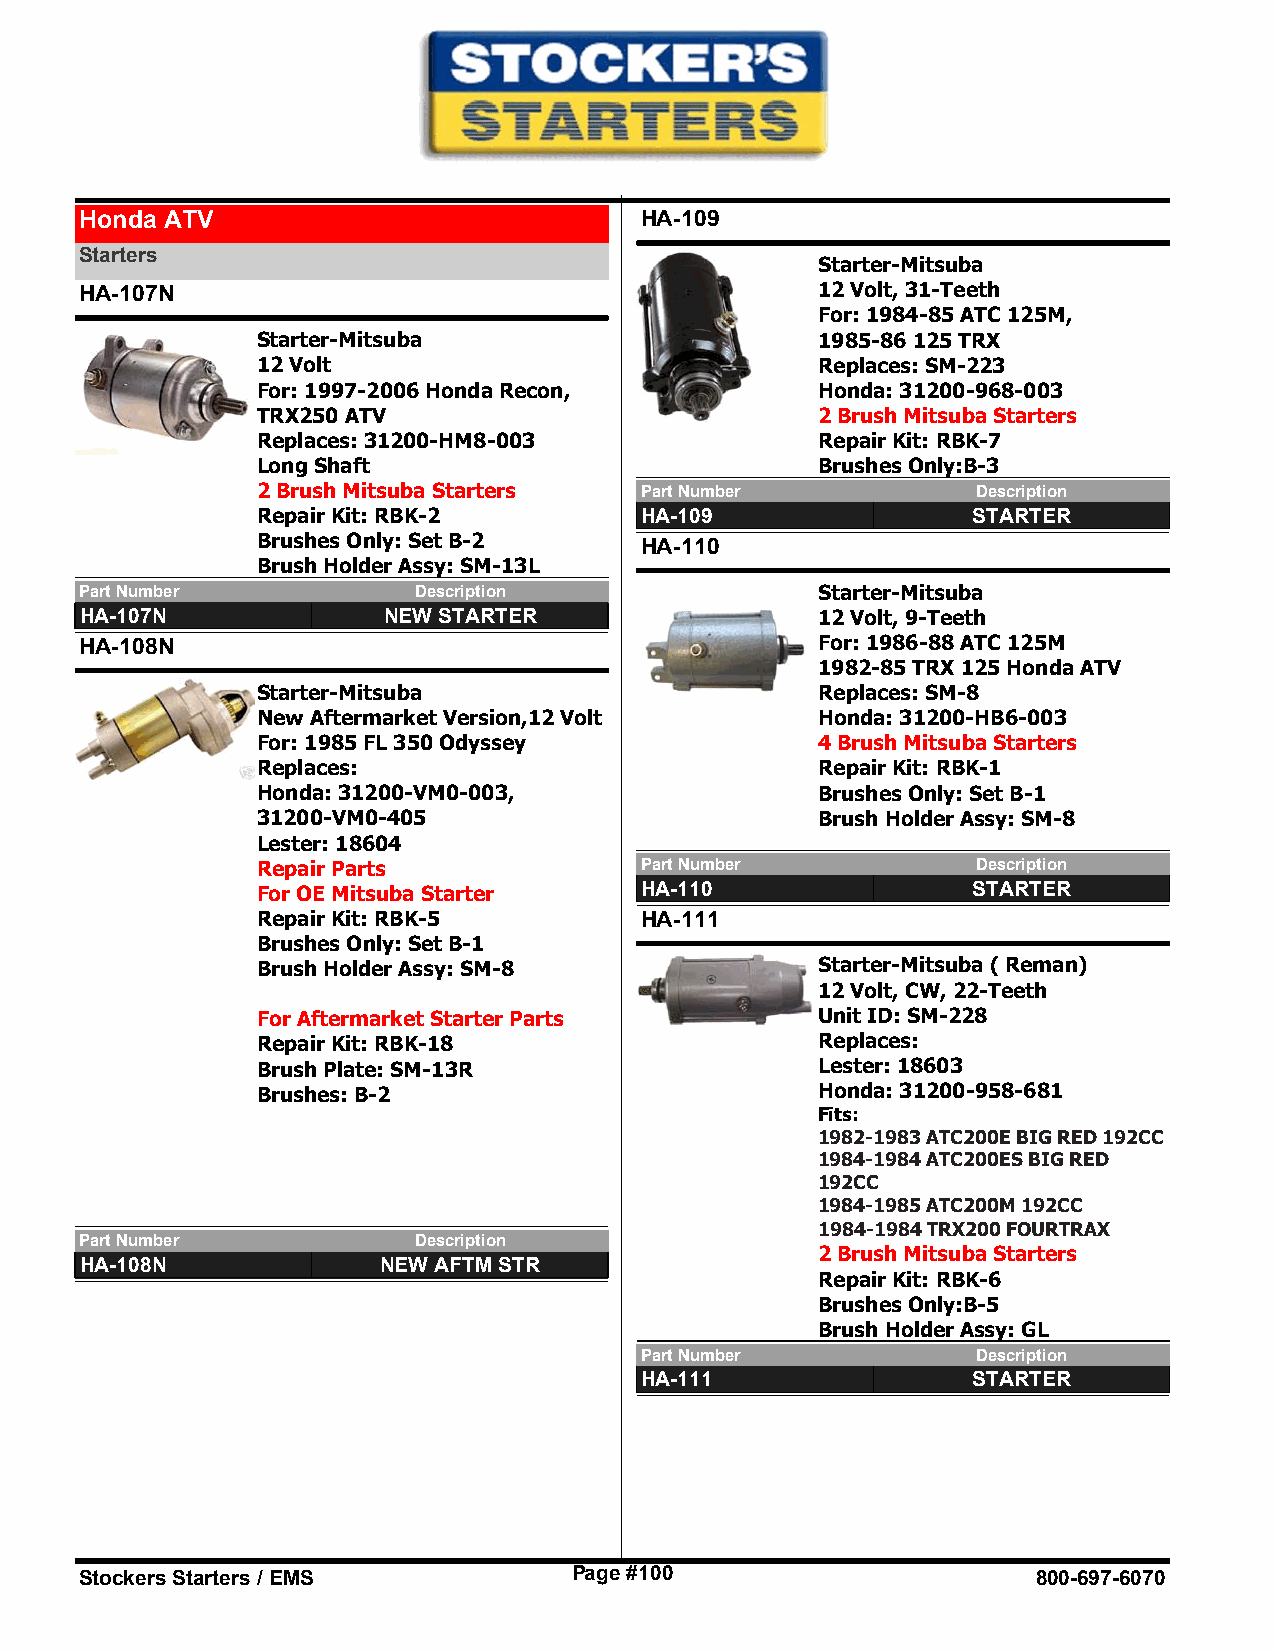
Honda ATV                            HA-109
 Starters
 Starter-Mitsuba
 HA-107N                                          12 Volt, 31-Teeth
 For: 1984-85 ATC 125M,
 Starter-Mitsuba                      1985-86 125 TRX
 12 Volt                              Replaces: SM-223
 For: 1997-2006 Honda Recon,          Honda: 31200-968-003
 TRX250 ATV                           2 Brush Mitsuba Starters
 Replaces: 31200-HM8-003              Repair Kit: RBK-7
 Long Shaft                           Brushes Only:B-3
 2 Brush Mitsuba Starters Part Number            Description
 Repair Kit: RBK-2        HA-109                STARTER
 Brushes Only: Set B-2    HA-110
 Brush Holder Assy: SM-13L
 Part Number           Description                Starter-Mitsuba
 HA-107N             NEW STARTER                  12 Volt, 9-Teeth
 HA-108N                                          For: 1986-88 ATC 125M
 1982-85 TRX 125 Honda ATV
 Starter-Mitsuba                      Replaces: SM-8
 New Aftermarket Version,12 Volt      Honda: 31200-HB6-003
 For: 1985 FL 350 Odyssey             4 Brush Mitsuba Starters
 Replaces:                            Repair Kit: RBK-1
 Honda: 31200-VM0-003,                Brushes Only: Set B-1
 31200-VM0-405                        Brush Holder Assy: SM-8
 Lester: 18604
 Repair Parts             Part Number            Description
 For OE Mitsuba Starter   HA-110                STARTER
 Repair Kit: RBK-5        HA-111
 Brushes Only: Set B-1
 Brush Holder Assy: SM-8              Starter-Mitsuba ( Reman)
 12 Volt, CW, 22-Teeth
 For Aftermarket Starter Parts        Unit ID: SM-228
 Repair Kit: RBK-18                   Replaces:
 Brush Plate: SM-13R                  Lester: 18603
 Brushes: B-2                         Honda: 31200-958-681
 Fits:
 1982-1983 ATC200E BIG RED 192CC
 1984-1984 ATC200ES BIG RED
 192CC
 1984-1985 ATC200M 192CC
 1984-1984 TRX200 FOURTRAX
 Part Number           Description
 2 Brush Mitsuba Starters
 HA-108N             NEW AFTM STR
 Repair Kit: RBK-6
 Brushes Only:B-5
 Brush Holder Assy: GL
 Part Number            Description
 HA-111                STARTER
 Stockers Starters / EMS          Page #100                      800-697-6070